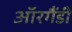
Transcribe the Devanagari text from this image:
ऑरगैंडी